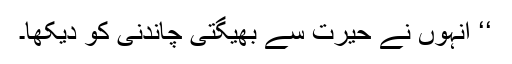
‘‘ انہوں نے حیرت سے بھیگتی چاندنی کو دیکھا۔